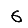
Digit: 6